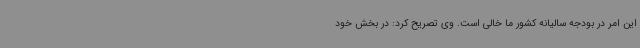
این امر در بودجه سالیانه کشور ما خالی است. وی تصریح کرد: در بخش خود